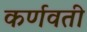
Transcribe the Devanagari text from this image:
कर्णवती